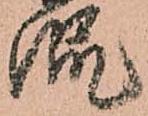
侃